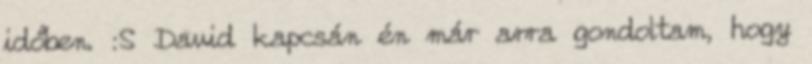
időben. :S David kapcsán én már arra gondoltam, hogy